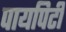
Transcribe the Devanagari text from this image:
पायपिटी